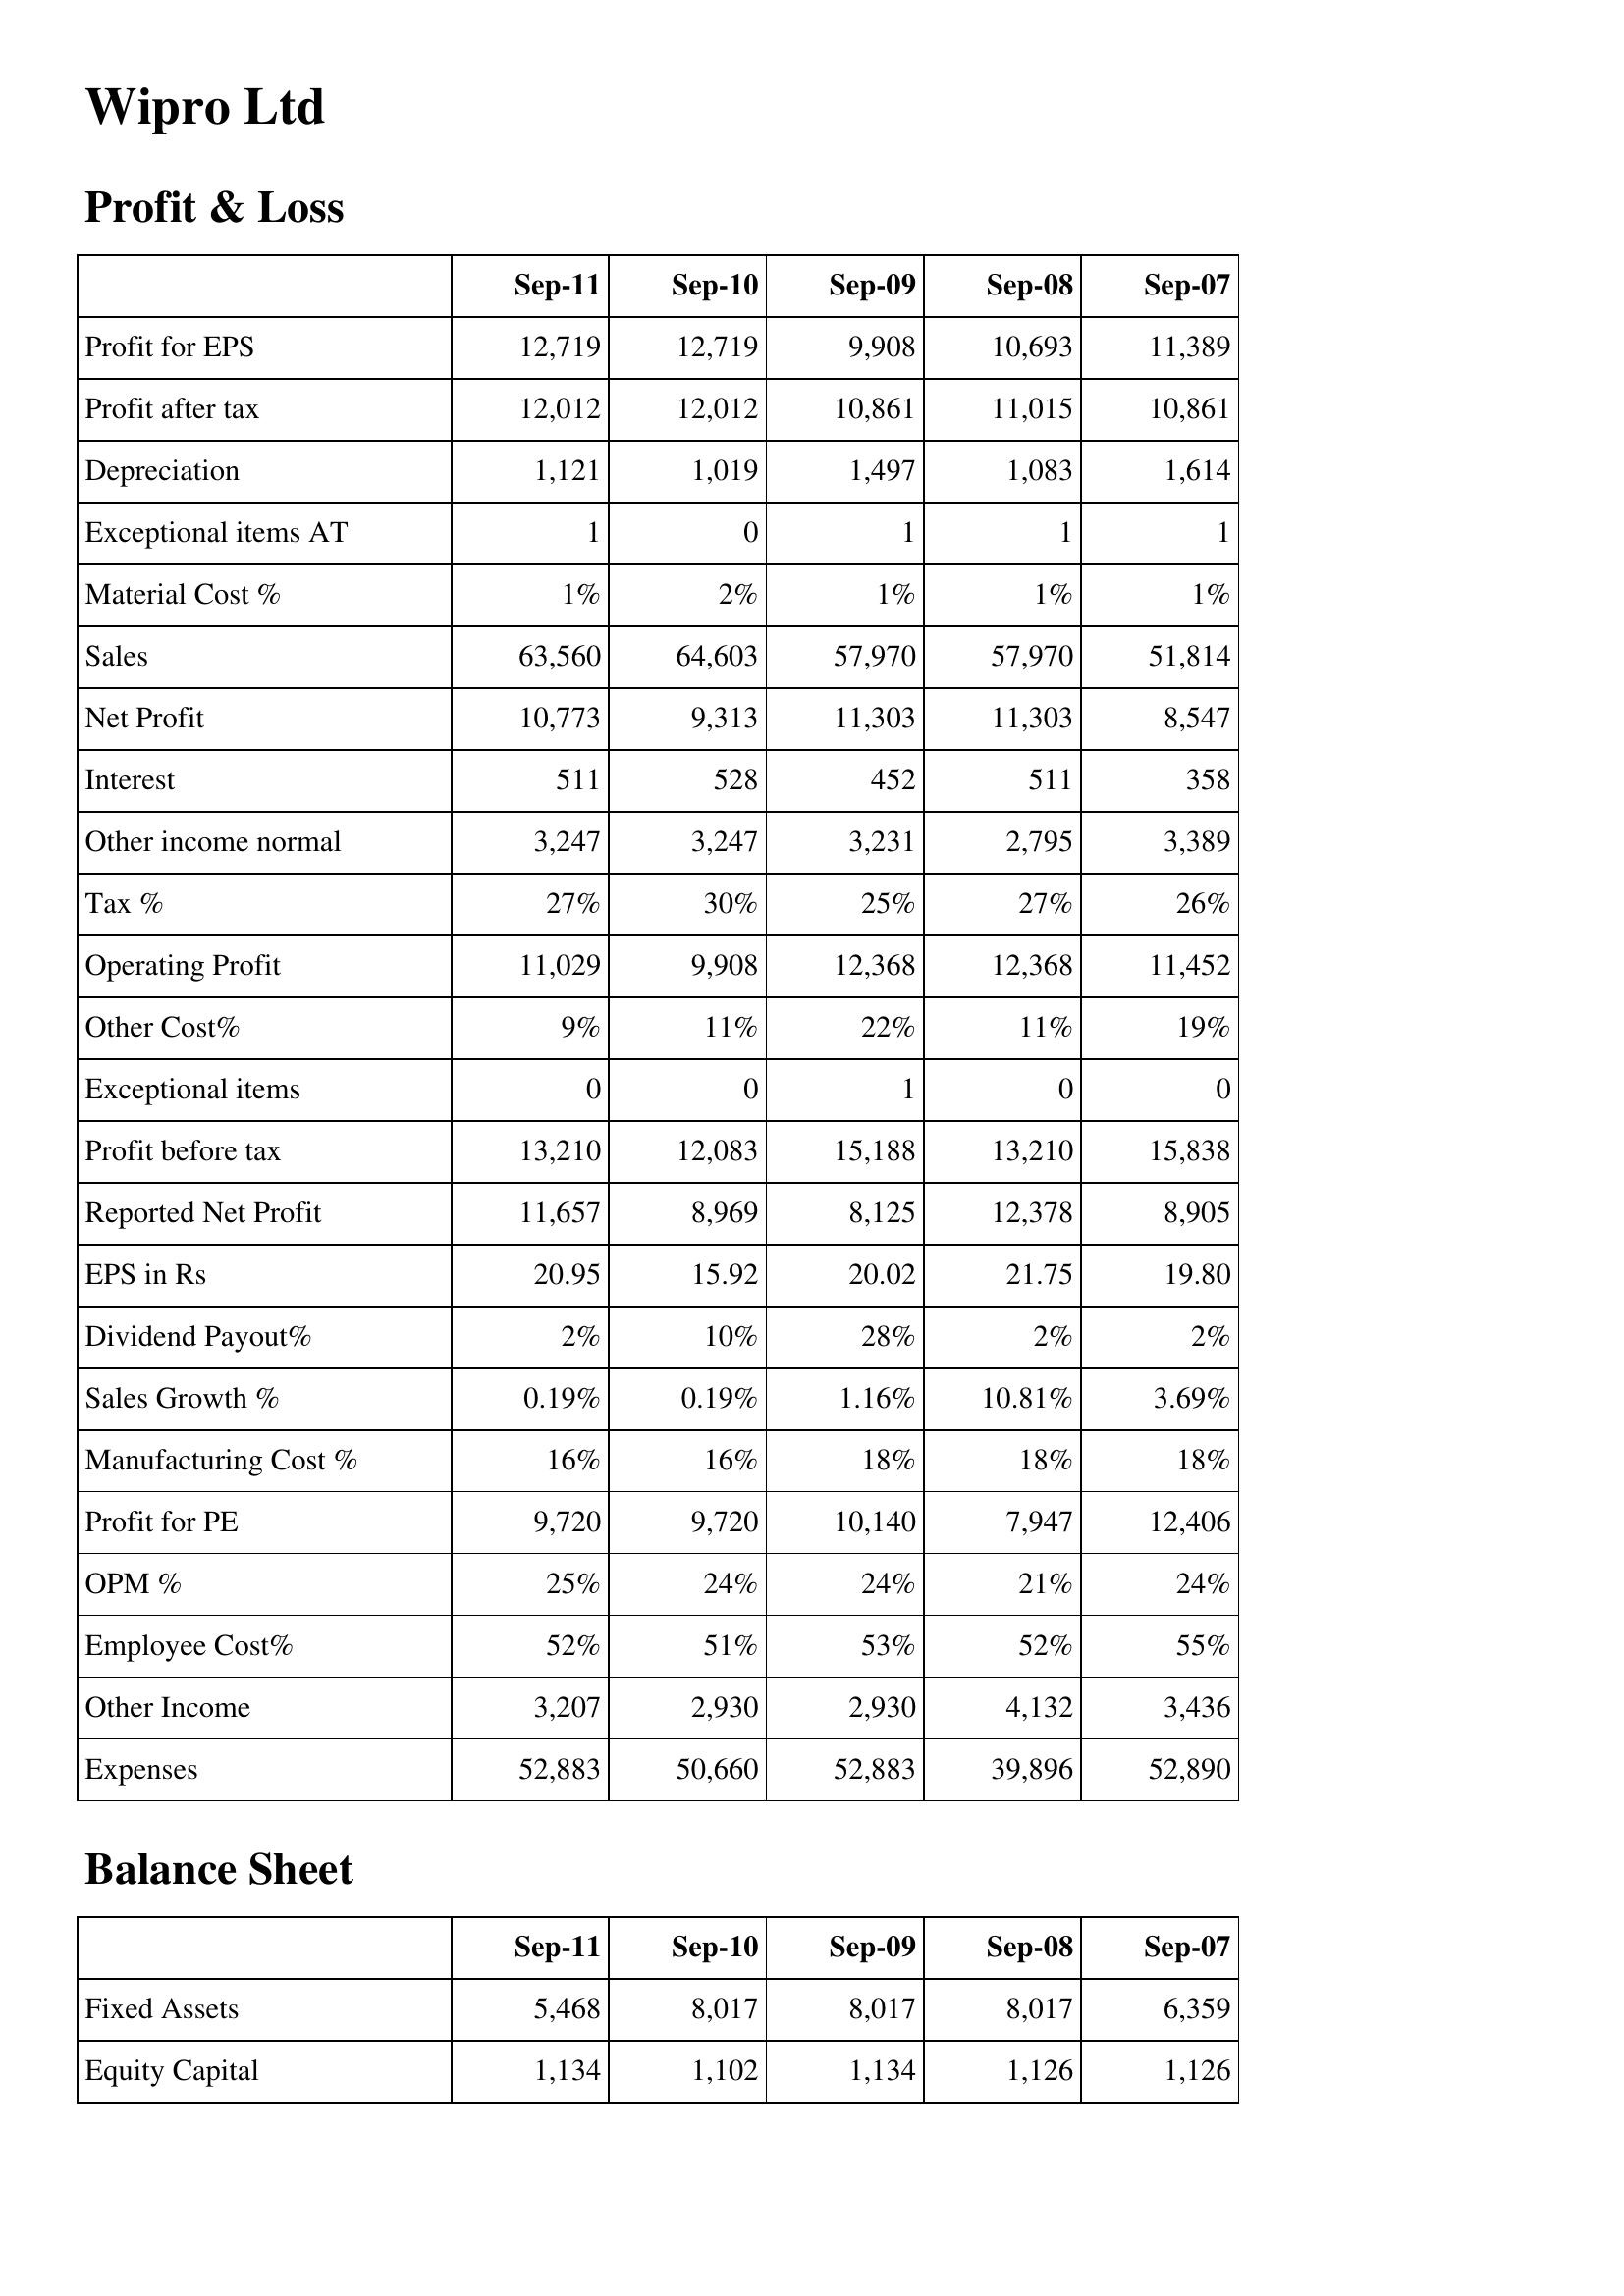
Sep-11: Profit & Loss: Profit for EPS: 12,719
Profit after tax: 12,012
Depreciation: 1,121
Exceptional items AT: 1
Material Cost %: 1%
Sales: 63,560
Net Profit: 10,773
Interest: 511
Other income normal: 3,247
Tax %: 27%
Operating Profit: 11,029
Other Cost%: 9%
Exceptional items: 0
Profit before tax: 13,210
Reported Net Profit: 11,657
EPS in Rs: 20.95
Dividend Payout%: 2%
Sales Growth %: 0.19%
Manufacturing Cost %: 16%
Profit for PE: 9,720
OPM %: 25%
Employee Cost%: 52%
Other Income: 3,207
Expenses: 52,883
Balance Sheet: Fixed Assets: 5,468
Equity Capital: 1,134
Sep-10: Profit & Loss: Profit for EPS: 12,719
Profit after tax: 12,012
Depreciation: 1,019
Exceptional items AT: 0
Material Cost %: 2%
Sales: 64,603
Net Profit: 9,313
Interest: 528
Other income normal: 3,247
Tax %: 30%
Operating Profit: 9,908
Other Cost%: 11%
Exceptional items: 0
Profit before tax: 12,083
Reported Net Profit: 8,969
EPS in Rs: 15.92
Dividend Payout%: 10%
Sales Growth %: 0.19%
Manufacturing Cost %: 16%
Profit for PE: 9,720
OPM %: 24%
Employee Cost%: 51%
Other Income: 2,930
Expenses: 50,660
Balance Sheet: Fixed Assets: 8,017
Equity Capital: 1,102
Sep-09: Profit & Loss: Profit for EPS: 9,908
Profit after tax: 10,861
Depreciation: 1,497
Exceptional items AT: 1
Material Cost %: 1%
Sales: 57,970
Net Profit: 11,303
Interest: 452
Other income normal: 3,231
Tax %: 25%
Operating Profit: 12,368
Other Cost%: 22%
Exceptional items: 1
Profit before tax: 15,188
Reported Net Profit: 8,125
EPS in Rs: 20.02
Dividend Payout%: 28%
Sales Growth %: 1.16%
Manufacturing Cost %: 18%
Profit for PE: 10,140
OPM %: 24%
Employee Cost%: 53%
Other Income: 2,930
Expenses: 52,883
Balance Sheet: Fixed Assets: 8,017
Equity Capital: 1,134
Sep-08: Profit & Loss: Profit for EPS: 10,693
Profit after tax: 11,015
Depreciation: 1,083
Exceptional items AT: 1
Material Cost %: 1%
Sales: 57,970
Net Profit: 11,303
Interest: 511
Other income normal: 2,795
Tax %: 27%
Operating Profit: 12,368
Other Cost%: 11%
Exceptional items: 0
Profit before tax: 13,210
Reported Net Profit: 12,378
EPS in Rs: 21.75
Dividend Payout%: 2%
Sales Growth %: 10.81%
Manufacturing Cost %: 18%
Profit for PE: 7,947
OPM %: 21%
Employee Cost%: 52%
Other Income: 4,132
Expenses: 39,896
Balance Sheet: Fixed Assets: 8,017
Equity Capital: 1,126
Sep-07: Profit & Loss: Profit for EPS: 11,389
Profit after tax: 10,861
Depreciation: 1,614
Exceptional items AT: 1
Material Cost %: 1%
Sales: 51,814
Net Profit: 8,547
Interest: 358
Other income normal: 3,389
Tax %: 26%
Operating Profit: 11,452
Other Cost%: 19%
Exceptional items: 0
Profit before tax: 15,838
Reported Net Profit: 8,905
EPS in Rs: 19.80
Dividend Payout%: 2%
Sales Growth %: 3.69%
Manufacturing Cost %: 18%
Profit for PE: 12,406
OPM %: 24%
Employee Cost%: 55%
Other Income: 3,436
Expenses: 52,890
Balance Sheet: Fixed Assets: 6,359
Equity Capital: 1,126